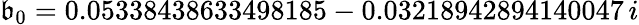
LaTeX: \mathfrak{b}_{0}=0.05338438633498185-0.03218942894140047\, i